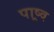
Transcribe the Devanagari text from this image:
पाष्र्व